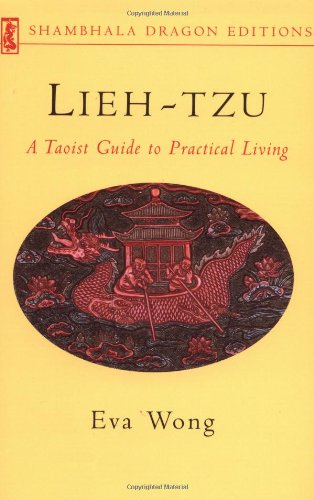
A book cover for Lieh-tzu: A Taoist Guide to Practical Living (Shambhala Dragon Editions); Religion & Spirituality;